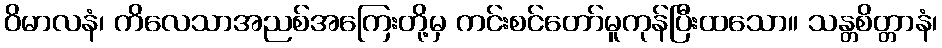
ဝိမာလနံ၊ ကိလေသာအညစ်အကြေးတို့မှ ကင်းစင်တော်မူကုန်ပြီးထသော။ သန္တစိတ္တာနံ၊